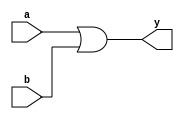
module or_gate_code(a,b,y);

    input a,b;
    output y;
    
    assign y = a|b;

endmodule